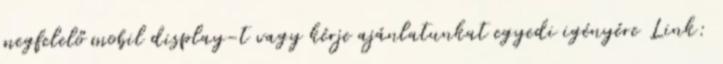
megfelelő mobil display-t vagy kérje ajánlatunkat egyedi igényére Link: